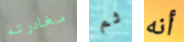
مغادرته ثم أنه